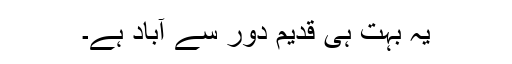
یہ بہت ہی قدیم دور سے آباد ہے۔